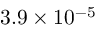
3 . 9 \times 1 0 ^ { - 5 }